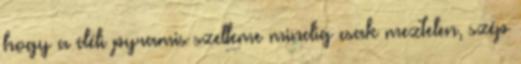
hogy a déli pyramis szelleme mindig csak meztelen, szép